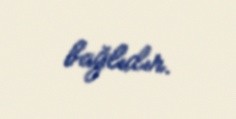
bağlıdır.